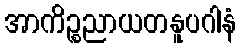
အာကိဉ္စညာယတနူပဂါနံ